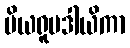
ပိယရူပဒါယိကာ